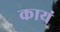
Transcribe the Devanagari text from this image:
कायं